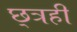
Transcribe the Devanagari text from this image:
छ्त्रही